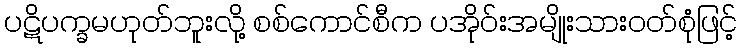
ပဋိပက္ခမဟုတ်ဘူးလို့ စစ်ကောင်စီက ပအိုဝ်းအမျိုးသားဝတ်စုံဖြင့်